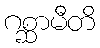
ဂစ္ဆာမီတိ